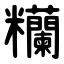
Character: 糷